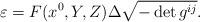
LaTeX: \begin{align*} {\varepsilon}=F(x^0,Y,Z) \Delta \sqrt{- \det g^{ij}}.\end{align*}